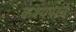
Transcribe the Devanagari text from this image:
कश्यपाचे